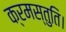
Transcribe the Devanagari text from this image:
क्रमस्तुति।